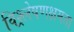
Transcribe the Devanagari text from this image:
विश्र्लेषणक्षमता